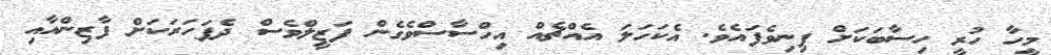
މީހާ ހުރީ ހިސާބަކަށް ފިނިވެފައެވެ. އެކަހަލަ އެއްޗެއް އިހްސާސްވެގެން ފަޒީލްވެސް ދެފަހަރަކަށް ފާޒިންއާއި